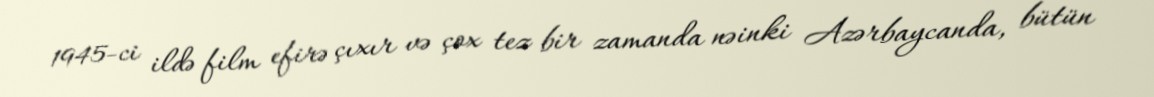
1945-ci ildə film efirə çıxır və çox tez bir zamanda nəinki Azərbaycanda, bütün